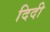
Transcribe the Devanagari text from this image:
दिदी